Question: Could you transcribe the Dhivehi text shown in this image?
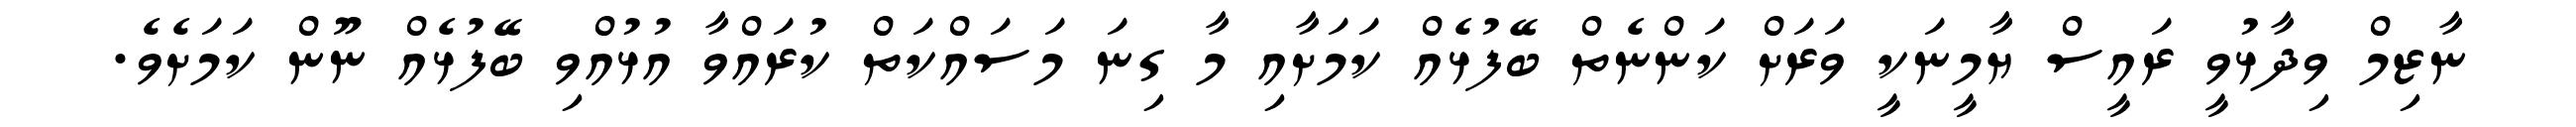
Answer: ނާޒިމް ވިދާޅުވީ ރައީސް ޔާމީނަކީ ވަރަށް ކަންނެތް ބޭފުޅެއް ކަމަށާއި މާ ގިނަ މަސައްކަތް ކުރައްވާ އުޅުއްވި ބޭފުޅެއް ނޫން ކަމަށެވެ.